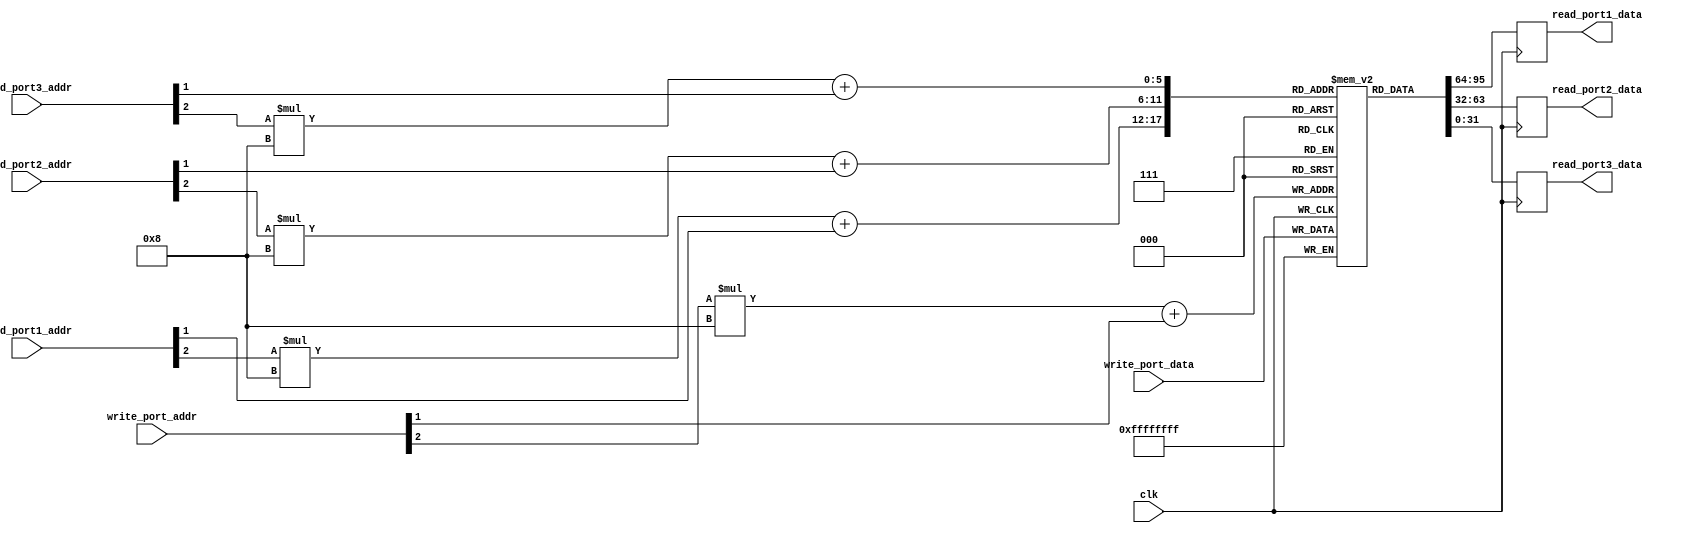
module memory_blocks_triple_port_register_file (
    input wire clk, 
    input wire [2:0] read_port1_addr, 
    input wire [2:0] read_port2_addr, 
    input wire [2:0] read_port3_addr, 
    input wire [2:0] write_port_addr, 
    input wire [31:0] write_port_data, 
    output reg [31:0] read_port1_data, 
    output reg [31:0] read_port2_data, 
    output reg [31:0] read_port3_data
);

reg [31:0] memory_block [0:7][0:7];

always @(posedge clk) begin
    read_port1_data <= memory_block[read_port1_addr[2]][read_port1_addr[1]];
    read_port2_data <= memory_block[read_port2_addr[2]][read_port2_addr[1]];
    read_port3_data <= memory_block[read_port3_addr[2]][read_port3_addr[1]];
    
    memory_block[write_port_addr[2]][write_port_addr[1]] <= write_port_data;
end

endmodule